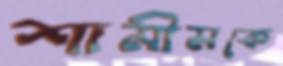
শামীমকে